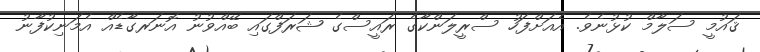
ޤައުމީ ސަލާމް ކުޅުނެވެ. އެއަށްފަހު ސްރީލަންކާގެ ރައީސްގެ ޝަރަފްގައި ބޭއްވުނު އޮނަރގާޑެއް އެމަނިކުފާނު